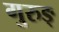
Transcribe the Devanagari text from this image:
गुरुङ्‌